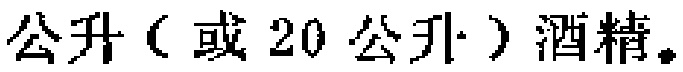
公升（或20公升）酒精。